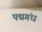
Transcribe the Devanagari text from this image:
पद्मगंध